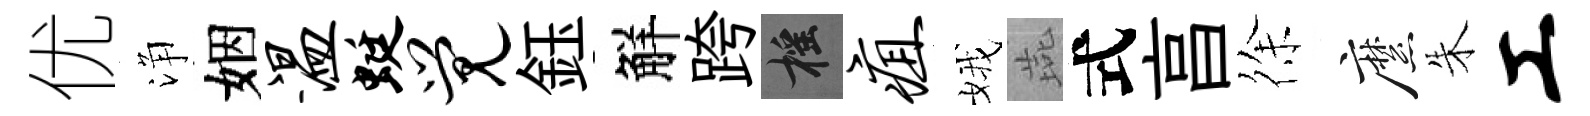
优浄姻温蜓觉鈺觧跨摇疽娥燕式亯徐縻朱工